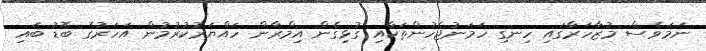
ނަމަވެސް މުޒާހަރާގައި ހިނގި ހަމަނުޖެހުންތަކާއި ގުޅިގެން އިމްރާން ހައްޔަރުކުރުމުން އަހަރުގެ ބޮޑު ބައި